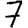
Digit: 7